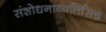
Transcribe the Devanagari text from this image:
संशोधनाव्यतिरिक्त